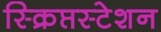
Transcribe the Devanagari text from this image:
स्क्रिप्तस्टेशन